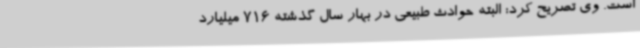
است. وی تصریح کرد: البته حوادث طبیعی در بهار سال گذشته 716 میلیارد